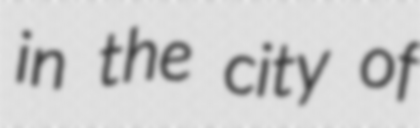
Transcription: in the city of